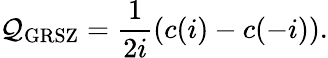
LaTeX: {\cal Q_{\mathrm{GRSZ}}}=\frac{1}{2i}\left(c(i)-c(-i)\right).